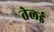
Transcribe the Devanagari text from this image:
तेलई